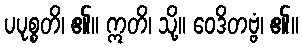
ပပုစ္စတိ၊ ၏။ ဣတိ၊ သို့။ ဝေဒိတဗ္ဗံ၊ ၏။